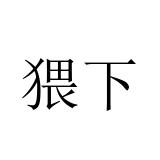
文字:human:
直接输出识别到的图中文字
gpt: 猥下